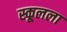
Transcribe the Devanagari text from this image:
स्कूलला